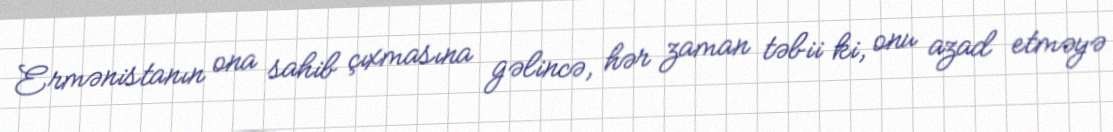
Ermənistanın ona sahib çıxmasına gəlincə, hər zaman təbii ki, onu azad etməyə